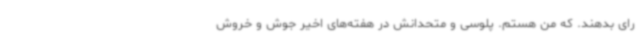
رای بدهند. که من هستم. پلوسی و متحدانش در هفته‌های اخیر جوش و خروش